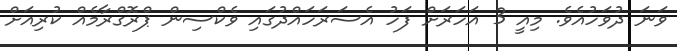
ވަނަ ދުވަހުއެވެ. މިއީ 3 އަހަރަށް ފަހު އެސަރަހައްދުގައި ވެކްސިން ޕްރޮގްރާމެއް ކުރިއަށް